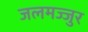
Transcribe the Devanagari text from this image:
जलमज्जुर